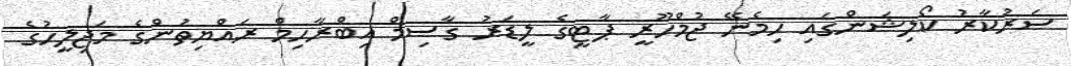
ސަރުކާރު ކޯލިޝަންގައި ހިމެނޭ ޖުމްހޫރީ ޕާޓީގެ ލީޑަރު ގާސިމް އިބްރާހިމް ރައްޔިތުންގެ މަޖިލީހުގެ